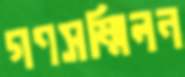
গণসম্মিলন